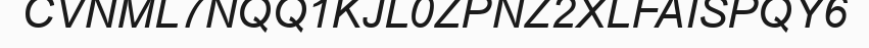
CVNML7NQQ1KJL0ZPNZ2XLFAISPQY6